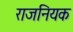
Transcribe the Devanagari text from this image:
राजनियक